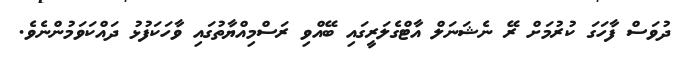
ދުވަސް ފާހަގަ ކުރުމަށް ރޭ ނެޝަނަލް އާޓްގެލަރީގައި ބޭއްވި ރަސްމިއްޔާތުގައި ވާހަކަފުޅު ދައްކަވަމުންނެވެ.